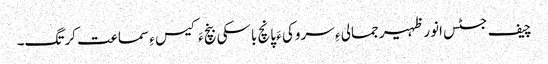
چیف جسٹس انور ظہیر جمالی ءِ سروکی ءَ پانچ باسکی بنچ ءَ کیس ءِ سماعت کرتگ۔